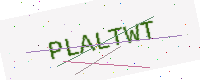
Text: PLALTWT